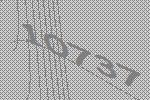
10737